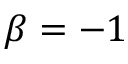
\beta = - 1